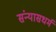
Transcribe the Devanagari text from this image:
संन्यासधर्म